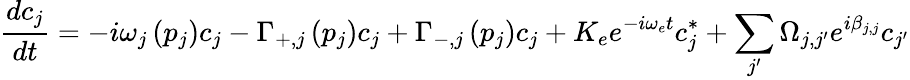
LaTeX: \frac{dc_{j}}{dt}=-i\omega_{j}\left(p_{j}\right)c_{j}-\Gamma_{+,j}\left(p_{j}\right)c_{j}+\Gamma_{-,j}\left(p_{j}\right)c_{j}+K_{e}e^{-i\omega_{e}t}c_{j}^{*}+\sum_{j^{\prime}}\Omega_{j,j^{\prime}}e^{i\beta_{j,j}}c_{j^{\prime}}